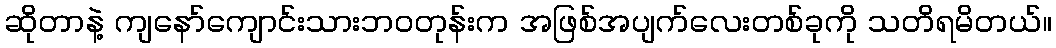
ဆိုတာနဲ့ ကျနော်ကျောင်းသားဘဝတုန်းက အဖြစ်အပျက်လေးတစ်ခုကို သတိရမိတယ်။